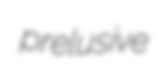
prelusive